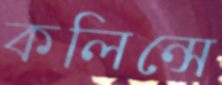
কলিন্সে